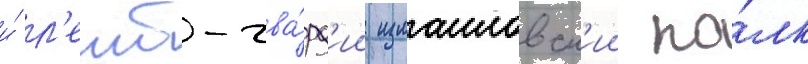
и́ л'еиб-гва́рд'ии измаиловск'ии по́лк